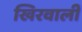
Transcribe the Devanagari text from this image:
खिरवाली